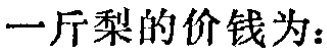
一斤梨的价钱为：